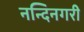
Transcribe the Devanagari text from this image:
नन्दिनगरी